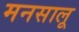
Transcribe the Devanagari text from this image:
मनसालू